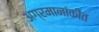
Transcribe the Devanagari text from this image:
अग्रमानांकीत